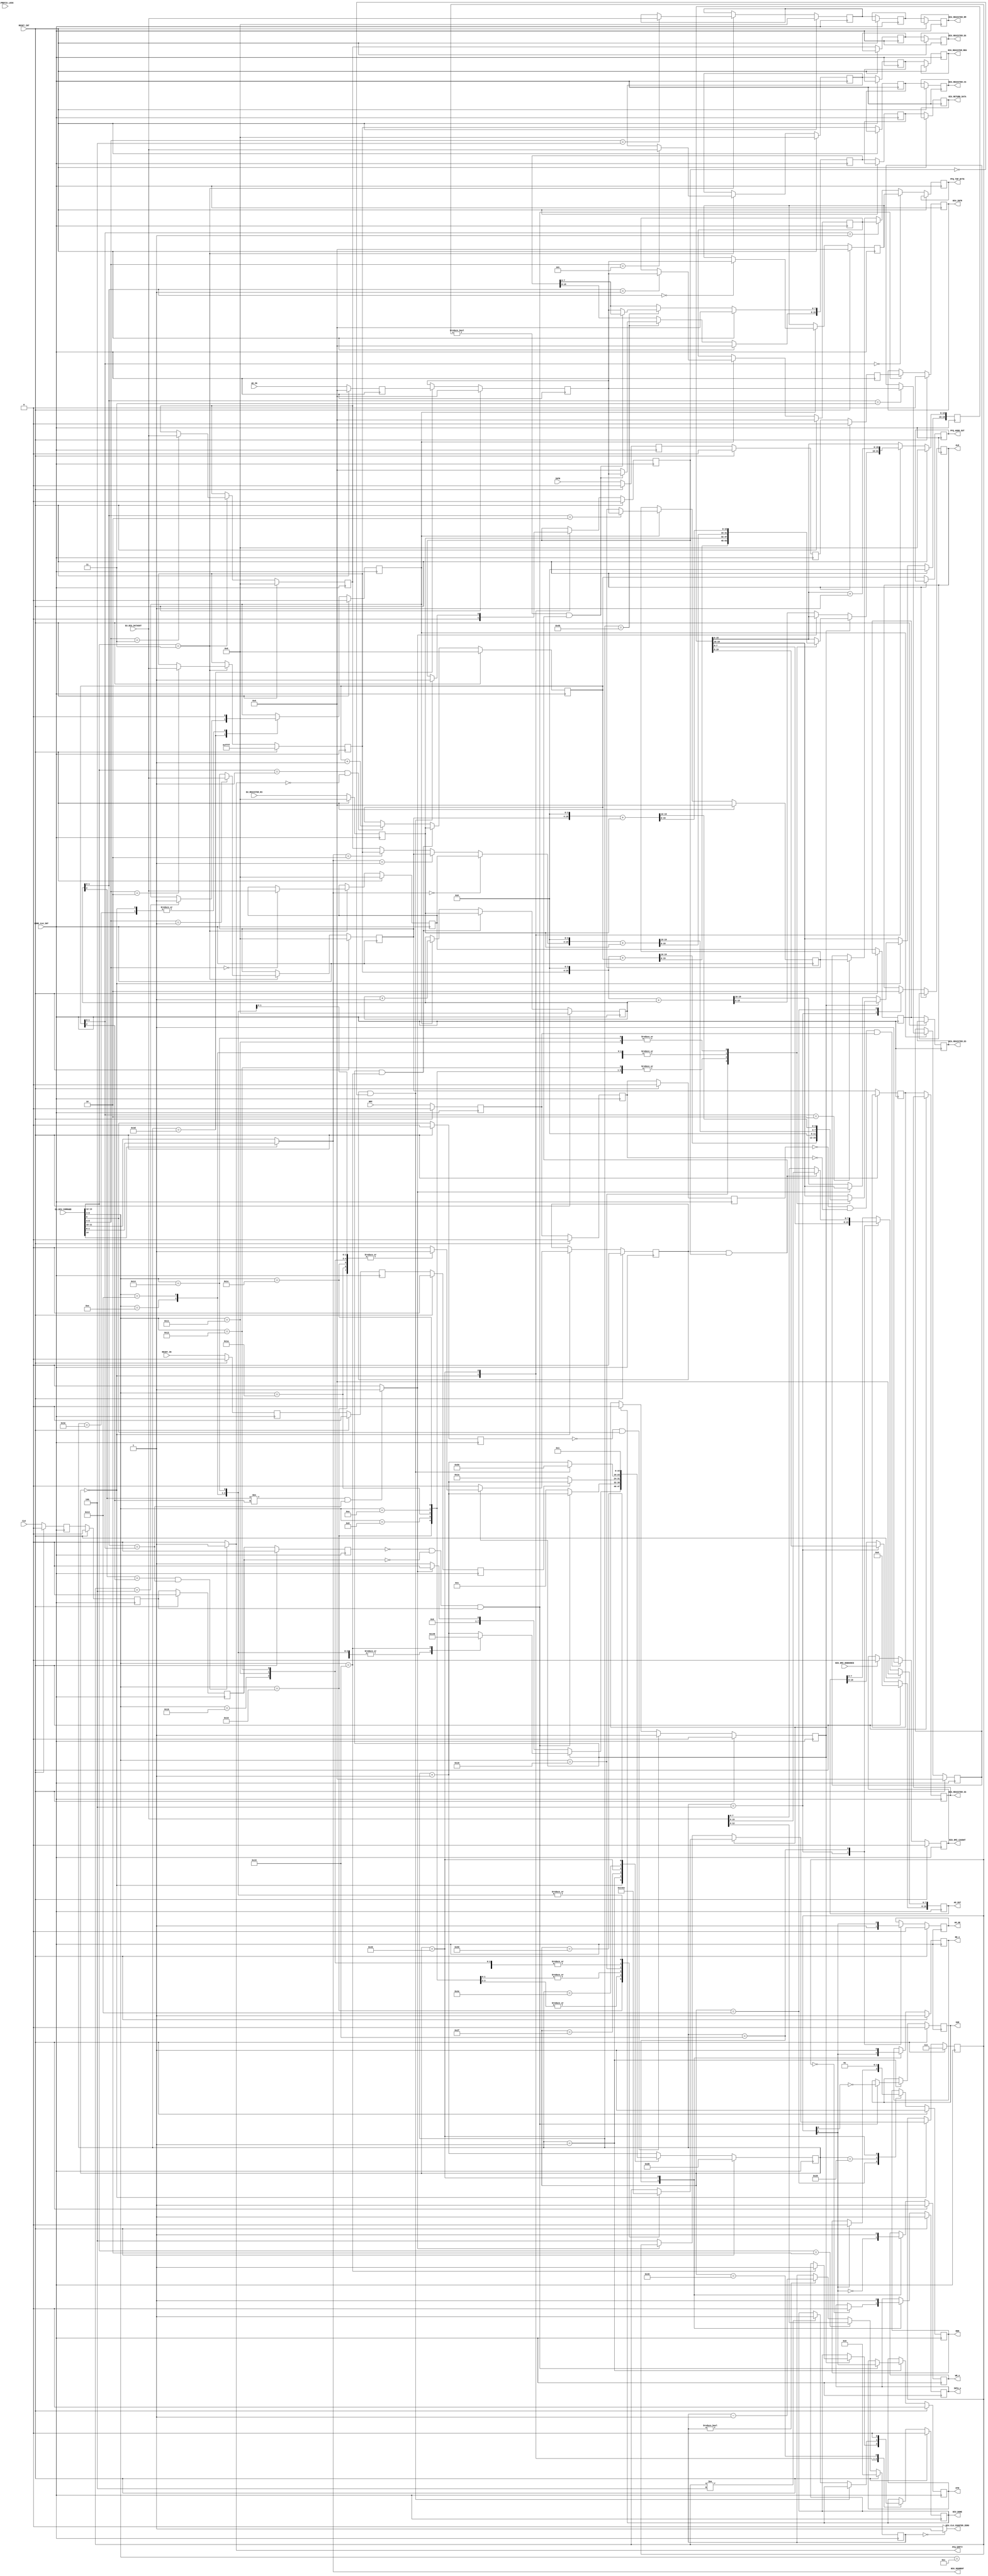
//
//
//  Used on     :  
//  Creation    :  10/8/2015
//  Code Type   :  Synthesizable
//
//   Description:
//   ============
//   
//  Bus Interface Unit of the i8088 processor in Minimum Bus Mode
//
//------------------------------------------------------------------------
//
// Modification History:
// =====================
//
// Revision 1.0 10/8/15 
// Initial revision
//
//
//------------------------------------------------------------------------
//
// Copyright (c) 2020 Ted Fried
// 
// Permission is hereby granted, free of charge, to any person obtaining a copy
// of this software and associated documentation files (the "Software"), to deal
// in the Software without restriction, including without limitation the rights
// to use, copy, modify, merge, publish, distribute, sublicense, and/or sell
// copies of the Software, and to permit persons to whom the Software is
// furnished to do so, subject to the following conditions:
// 
// The above copyright notice and this permission notice shall be included in all
// copies or substantial portions of the Software.
// 
// THE SOFTWARE IS PROVIDED "AS IS", WITHOUT WARRANTY OF ANY KIND, EXPRESS OR
// IMPLIED, INCLUDING BUT NOT LIMITED TO THE WARRANTIES OF MERCHANTABILITY,
// FITNESS FOR A PARTICULAR PURPOSE AND NONINFRINGEMENT. IN NO EVENT SHALL THE
// AUTHORS OR COPYRIGHT HOLDERS BE LIABLE FOR ANY CLAIM, DAMAGES OR OTHER
// LIABILITY, WHETHER IN AN ACTION OF CONTRACT, TORT OR OTHERWISE, ARISING FROM,
// OUT OF OR IN CONNECTION WITH THE SOFTWARE OR THE USE OR OTHER DEALINGS IN THE
// SOFTWARE.
//
//------------------------------------------------------------------------


module biu_min
  (  
    input               CORE_CLK_INT,           // Core Clock

    
    input               CLK,                    // 8088 Pins
    input               RESET_INT,
    input               READY_IN,
    input               NMI,
    input               INTR,
    output reg          INTA_n,
    output reg          ALE,
    output reg          RD_n,
    output reg          WR_n,
    output reg          IOM,
    output reg          DTR,
    output reg          DEN,
    output reg          AD_OE,
    output reg [19:0]   AD_OUT,
    input  [7:0]        AD_IN,

    
    input  [15:0]       EU_BIU_COMMAND,         // EU to BIU Signals
    input  [15:0]       EU_BIU_DATAOUT,
    input  [15:0]       EU_REGISTER_R3,
    input               EU_PREFIX_LOCK,
    
    
    output              BIU_DONE,               // BIU to EU Signals
    output              BIU_CLK_COUNTER_ZERO,
    output [1:0]        BIU_SEGMENT,
    output              BIU_NMI_CAUGHT,
    input               BIU_NMI_DEBOUNCE,
    output reg          BIU_INTR,

    output [7:0]        PFQ_TOP_BYTE,
    output              PFQ_EMPTY,
    output[15:0]        PFQ_ADDR_OUT,

    output [15:0]       BIU_REGISTER_ES,
    output [15:0]       BIU_REGISTER_SS,
    output [15:0]       BIU_REGISTER_CS,
    output [15:0]       BIU_REGISTER_DS,
    output [15:0]       BIU_REGISTER_RM,
    output [15:0]       BIU_REGISTER_REG,
    output [15:0]       BIU_RETURN_DATA
    

  );

//------------------------------------------------------------------------
      

// Internal Signals

reg   biu_done_int;
reg   byte_num;
reg   clk_d1;
reg   clk_d2;
reg   clk_d3;
reg   clk_d4;
reg   eu_biu_req_caught;
reg   eu_biu_req_d1;
reg   eu_prefix_lock_d1;
reg   eu_prefix_lock_d2;
reg   intr_d1;
reg   intr_d2;
reg   intr_d3;
reg   nmi_caught;
reg   nmi_d1;
reg   nmi_d2;
reg   nmi_d3;
reg   pfq_write;
reg   ready_d1;
reg   ready_d2;
reg   ready_d3;
reg   word_cycle;
wire  eu_biu_req;
wire  eu_prefix_seg;
wire  pfq_empty;
wire  pfq_full;
reg  [7:0]  ad_in_int;
reg  [19:0] addr_out_temp;
reg  [7:0]  biu_state;
reg  [15:0] biu_register_cs;
reg  [15:0] biu_register_es;
reg  [15:0] biu_register_ss;
reg  [15:0] biu_register_ds;
reg  [15:0] biu_register_rm;
reg  [15:0] biu_register_reg;
reg  [15:0] biu_register_cs_d1;
reg  [15:0] biu_register_es_d1;
reg  [15:0] biu_register_ss_d1;
reg  [15:0] biu_register_ds_d1;
reg  [15:0] biu_register_rm_d1;
reg  [15:0] biu_register_reg_d1;
reg  [15:0] biu_register_cs_d2;
reg  [15:0] biu_register_es_d2;
reg  [15:0] biu_register_ss_d2;
reg  [15:0] biu_register_ds_d2;
reg  [15:0] biu_register_rm_d2;
reg  [15:0] biu_register_reg_d2;
reg  [15:0] biu_return_data_int;
reg  [15:0] biu_return_data_int_d1;
reg  [15:0] biu_return_data_int_d2;
reg  [12:0] clock_cycle_counter;
reg  [15:0] eu_register_r3_d;
reg  [7:0]  latched_data_in;
reg  [15:0] pfq_addr_out;
reg  [7:0]  pfq_entry0;
reg  [7:0]  pfq_entry1;
reg  [7:0]  pfq_entry2;
reg  [7:0]  pfq_entry3;
reg  [15:0] pfq_addr_in;
reg  [7:0]  pfq_top_byte_int_d1;
reg  [15:0] pfq_addr_out_d1;
reg  [2:0]  s_bits;
wire [15:0] biu_muxed_segment;   
wire [1:0]  biu_segment;    
wire [1:0]  eu_biu_strobe;
wire [1:0]  eu_biu_segment;
wire [4:0]  eu_biu_req_code;
wire [1:0]  eu_qs_out;
wire [1:0]  eu_segment_override_value; 
wire [7:0]  pfq_top_byte_int;

  
//------------------------------------------------------------------------
//
// BIU  Combinationals
//
//------------------------------------------------------------------------

// Outputs to the EU
//
assign BIU_DONE                 = biu_done_int;
assign PFQ_EMPTY                = pfq_empty;
assign PFQ_ADDR_OUT             = pfq_addr_out_d1; 
assign BIU_SEGMENT              = biu_segment;
assign BIU_REGISTER_ES          = biu_register_es_d2;
assign BIU_REGISTER_SS          = biu_register_ss_d2;
assign BIU_REGISTER_CS          = biu_register_cs_d2;
assign BIU_REGISTER_DS          = biu_register_ds_d2;
assign BIU_REGISTER_RM          = biu_register_rm_d2;
assign BIU_REGISTER_REG         = biu_register_reg_d2;
assign BIU_RETURN_DATA          = biu_return_data_int_d2;
assign BIU_NMI_CAUGHT           = nmi_caught;



// Input signals from the EU requesting BIU processing.
//  eu_biu_strobe[1:0] are available for only one clock cycle and cause BIU to take immediate action.
//  eu_biu_req stays asserted until the BIU is available to service the request.
//  
assign eu_prefix_seg                   = EU_BIU_COMMAND[14];
assign eu_biu_strobe[1:0]              = EU_BIU_COMMAND[13:12]; // 01=opcode fetch 10=clock load 11=load segment register(eu_biu_req_code has the regiter#)
assign eu_biu_segment[1:0]             = EU_BIU_COMMAND[11:10];
assign eu_biu_req                      = EU_BIU_COMMAND[9];
assign eu_biu_req_code                 = EU_BIU_COMMAND[8:4];
assign eu_qs_out[1:0]                  = EU_BIU_COMMAND[3:2];  // Updated for every opcode fetch using biu_strobe and Jump request using eu_biu_rq
assign eu_segment_override_value[1:0]  = EU_BIU_COMMAND[1:0];



// Select either the current EU Segment or the Segment Override value.
assign biu_segment =  (eu_prefix_seg==1'b1) ? eu_segment_override_value  : eu_biu_segment;  

                                                   
assign biu_muxed_segment = (biu_segment==2'b00) ? biu_register_es :
                           (biu_segment==2'b01) ? biu_register_ss :
                           (biu_segment==2'b10) ? biu_register_cs :
                                                  biu_register_ds ;

                                                            
// Steer the Prefetch Queue to the EU
assign pfq_top_byte_int = (pfq_addr_out[1:0]==2'b00) ? pfq_entry0 : 
                      (pfq_addr_out[1:0]==2'b01) ? pfq_entry1 : 
                      (pfq_addr_out[1:0]==2'b10) ? pfq_entry2 : 
                                                   pfq_entry3 ;
  
assign PFQ_TOP_BYTE = pfq_top_byte_int_d1;  

// Generate the Prefetch Queue Flags
assign pfq_full  = ( (pfq_addr_in[2]!=pfq_addr_out[2]) && (pfq_addr_in[1:0]==pfq_addr_out[1:0]) ) ?  1'b1 : 1'b0;
assign pfq_empty = ( (pfq_addr_in[2]==pfq_addr_out[2]) && (pfq_addr_in[1:0]==pfq_addr_out[1:0]) ) ?  1'b1 : 1'b0;


// Instruction cycle accuracy counter. This can be tied to '1' to disable x86 cycle compatibiliy.
assign BIU_CLK_COUNTER_ZERO = (clock_cycle_counter==13'h0000) ? 1'b1 : 1'b0;


                                                        
//------------------------------------------------------------------------
//
// BIU State Machine
//
//------------------------------------------------------------------------
//

always @(posedge CORE_CLK_INT)
begin : BIU_STATE_MACHINE

  if (RESET_INT==1'b1)
    begin
      clk_d1 <= 'h0;
      clk_d2 <= 'h0;
      clk_d3 <= 'h0;
      clk_d4 <= 'h0;
      nmi_d1 <= 'h0;
      nmi_d2 <= 'h0;
      nmi_d3 <= 'h0;
      nmi_caught <= 'h0;
      eu_register_r3_d <= 'h0;
      eu_biu_req_caught <= 'h0;
      biu_register_cs <= 16'hFFFF;
      biu_register_es <= 'h0;
      biu_register_ss <= 'h0;
      biu_register_ds <= 'h0;
      biu_register_rm <= 'h0;
      biu_register_reg <= 'h0;
      clock_cycle_counter <= 'h0;
      pfq_addr_out <= 'h0;
      pfq_entry0 <= 'h0;
      pfq_entry1 <= 'h0;
      pfq_entry2 <= 'h0;
      pfq_entry3 <= 'h0;
      biu_state <= 8'hD0;
      pfq_write <= 'h0;
      pfq_addr_in <= 'h0;
      biu_return_data_int <= 'h0;
      biu_done_int <= 'h0;
      ready_d1 <= 'h0;
      ready_d2 <= 'h0;
      ready_d3 <= 'h0;
      eu_biu_req_d1 <= 'h0;
      latched_data_in <= 'h0;
      addr_out_temp <= 'h0;
      s_bits <= 3'b111;
      AD_OUT <= 'h0;
      word_cycle <= 1'b0;
      byte_num <= 1'b0;
      ad_in_int <= 'h0;
      BIU_INTR <= 'h0;
      eu_prefix_lock_d1 <= 'h0;
      eu_prefix_lock_d2 <= 'h0;
      intr_d1 <= 'h0;
      intr_d2 <= 'h0;
      intr_d3 <= 'h0;    
      
      AD_OE <= 'h0;
      RD_n <= 1'b1;
      WR_n <= 1'b1;
      IOM <= 'h0;
      DTR <= 'h0;
      DEN <= 1'b1;   
      INTA_n <= 1'b1;
      
    end
    
else    
  begin     

  
    // Register pipelining
    clk_d1 <= CLK;
    clk_d2 <= clk_d1;
    clk_d3 <= clk_d2;
    clk_d4 <= clk_d3;
    
    ready_d1 <= READY_IN;
    ready_d2 <= ready_d1;
    ready_d3 <= ready_d2;
    
    nmi_d1 <= NMI;
    nmi_d2 <= nmi_d1;
    nmi_d3 <= nmi_d2;
    
    intr_d1 <= INTR;
    intr_d2 <= intr_d1;
    intr_d3 <= intr_d2;
    
    
    // These signals may be pipelined from zero to two clocks.
    // They are currently pipelined by two clocks.
    biu_register_es_d1   <= biu_register_es;
    biu_register_ss_d1   <= biu_register_ss;      
    biu_register_cs_d1   <= biu_register_cs;      
    biu_register_ds_d1   <= biu_register_ds; 
    biu_register_rm_d1   <= biu_register_rm; 
    biu_register_reg_d1  <= biu_register_reg;
    biu_register_es_d2   <= biu_register_es_d1;
    biu_register_ss_d2   <= biu_register_ss_d1;       
    biu_register_cs_d2   <= biu_register_cs_d1;       
    biu_register_ds_d2   <= biu_register_ds_d1; 
    biu_register_rm_d2   <= biu_register_rm_d1; 
    biu_register_reg_d2  <= biu_register_reg_d1;
        

    // These signals may be pipelined from zero to one clock.
    // They are currently pipelined by one clock.
    pfq_top_byte_int_d1 <= pfq_top_byte_int;     
    pfq_addr_out_d1 <= pfq_addr_out;

    
    // This signal may be pipelined any number of clocks as 
    // long as is stable before BIU_DONE is asserted.
    biu_return_data_int_d1 <= biu_return_data_int;
    biu_return_data_int_d2 <= biu_return_data_int_d1;

    
      
    // NMI caught on it's rising edge
    if (nmi_d3==1'b0 && nmi_d2==1'b0 && nmi_d1==1'b1)
      begin
        nmi_caught <= 1'b1;
      end
    else if (BIU_NMI_DEBOUNCE==1'b1)
      begin
        nmi_caught <= 1'b0;
      end

    // INTR sampled on the rising edge of the CLK
    if (clk_d4==1'b0 && clk_d3==1'b0 && clk_d2==1'b1)
      begin
        BIU_INTR <= intr_d3;
      end
    
    eu_prefix_lock_d1 <= EU_PREFIX_LOCK;
    eu_prefix_lock_d2 <= eu_prefix_lock_d1;               

    
    // Register pipelining in and out of the BIU.
    eu_register_r3_d <= EU_REGISTER_R3;
    ad_in_int <= AD_IN;
        


    // Capture a bus request from the EU
    eu_biu_req_d1 <= eu_biu_req;
    if (eu_biu_req_d1==1'b0 && eu_biu_req==1'b1)
      begin
        eu_biu_req_caught <= 1'b1;
      end
    else if (biu_done_int==1'b1)
      begin
        eu_biu_req_caught <= 1'b0;
      end
                    

    
    // Strobe from EU to update the segment and addressing registers
    if (eu_biu_strobe==2'b11)
      begin
        case (eu_biu_req_code[2:0])  // synthesis parallel_case
          3'h0 : biu_register_es      <= EU_BIU_DATAOUT[15:0];
          3'h1 : biu_register_ss      <= EU_BIU_DATAOUT[15:0];
          3'h2 : biu_register_cs      <= EU_BIU_DATAOUT[15:0];
          3'h3 : biu_register_ds      <= EU_BIU_DATAOUT[15:0];
          3'h4 : biu_register_rm      <= EU_BIU_DATAOUT[15:0];
          3'h5 : biu_register_reg     <= EU_BIU_DATAOUT[15:0];
          default :  ;
        endcase
      end   

    
    // Strobe from EU to set the 8088 clock cycle counter
    if (eu_biu_strobe==2'b10)
      begin
        clock_cycle_counter <= EU_BIU_DATAOUT[12:0];
      end
    else if (clock_cycle_counter!=13'h0000)
      begin
        clock_cycle_counter <= clock_cycle_counter - 1;
      end
        


    // Prefetch Queue 
    // --------------
    // Increment the output address of the queue upon EU fetch request strobe.
    // Update/flush the Prefetch Queue when the EU asserts the Jump request.
    // Increment the input address during prefetch queue fetches.
    //---------------------------------------------------------------------------------
    if (eu_biu_req_caught==1'b1 && eu_biu_req_code==5'h19) 
      begin
        pfq_addr_out <= eu_register_r3_d; // Update the prefetch queue to the new address.
      end    
    else if (eu_biu_strobe==2'b01 && pfq_empty==1'b0)
      begin  
        pfq_addr_out <= pfq_addr_out + 1;  // Increment the current IP - Instruction Pointer
      end                         
        
        
    if (eu_biu_req_caught==1'b1 && eu_biu_req_code==5'h19) 
      begin
        pfq_addr_in <= eu_register_r3_d; // Update the prefetch queue to the new address.
      end    
    else if (pfq_write==1'b1)
      begin  
        pfq_addr_in <= pfq_addr_in + 1;
      end                         
      
      
      
    // Write to the selected prefetch queue entry.
    if (pfq_write==1'b1)
      begin
        case (pfq_addr_in[1:0])  // synthesis parallel_case
          2'b00 : pfq_entry0 <= latched_data_in[7:0];
          2'b01 : pfq_entry1 <= latched_data_in[7:0];
          2'b10 : pfq_entry2 <= latched_data_in[7:0];
          2'b11 : pfq_entry3 <= latched_data_in[7:0];
          default :  ;
          endcase    
      end       
      

      
      
    
    // 8088 BIU State Machine
    // ----------------------
    
    biu_state <= biu_state + 1'b1;
    case (biu_state) // synthesis parallel_case
      
      8'h00 : begin
                // Debounce signals
                pfq_write <= 1'b0;
                byte_num <= 1'b0;   
                word_cycle <= 1'b0;     
                

                if (eu_biu_req_caught==1'b1)
                  begin                 
                        
                    case (eu_biu_req_code)  // synthesis parallel_case
                                        
                      // Interrupt ACK Cycle 
                      8'h16 : begin                   
                                addr_out_temp <= { 4'h0 , eu_register_r3_d[15:0] };
                                //AD_OE <= 'h0;                   
                                word_cycle <= 1'b1;
                                s_bits <= 3'b000;
                                biu_state <= 8'h01;
                              end
                                  
                      // IO Byte Read 
                      8'h08 : begin
                                addr_out_temp <= { 4'h0 , eu_register_r3_d[15:0] };
                                s_bits <= 3'b001;
                                biu_state <= 8'h01;
                              end
                                 
                      // IO Word Read 
                      8'h1A : begin
                                addr_out_temp <= { 4'h0 , eu_register_r3_d[15:0] };
                                word_cycle <= 1'b1; 
                                s_bits <= 3'b001;
                                biu_state <= 8'h01;
                              end
                                                
                      // IO Byte Write 
                      8'h0A : begin
                                addr_out_temp <= { 4'h0 , eu_register_r3_d[15:0] };
                                s_bits <= 3'b010;
                                biu_state <= 8'h01;
                              end
                                                
                      // IO Word Write 
                      8'h1C : begin
                                addr_out_temp <= { 4'h0 , eu_register_r3_d[15:0] };
                                word_cycle <= 1'b1; 
                                s_bits <= 3'b010;
                                biu_state <= 8'h01;
                              end
                                                
                      // Halt Request 
                      8'h18 : begin
                                addr_out_temp <= { biu_register_cs[15:0] , 4'h0 } + pfq_addr_out[15:0] ;
                                s_bits <= 3'b011;
                                biu_state <= 8'h01;
                              end
                                            
                      // Memory Byte Read 
                      8'h0C : begin
                                addr_out_temp <= { biu_muxed_segment[15:0] , 4'h0 } + eu_register_r3_d[15:0];
                                s_bits <= 3'b101;
                                biu_state <= 8'h01;
                              end
                                                
                      // Memory Word Read 
                      8'h10 : begin
                                addr_out_temp <= { biu_muxed_segment[15:0] , 4'h0 } + eu_register_r3_d[15:0];
                                word_cycle <= 1'b1; 
                                s_bits <= 3'b101;
                                biu_state <= 8'h01;
                              end
                                                
                      // Memory Word Read from Stack Segment
                      8'h11 : begin
                                addr_out_temp <= { biu_register_ss[15:0] , 4'h0 } + eu_register_r3_d[15:0];
                                word_cycle <= 1'b1; 
                                s_bits <= 3'b101;
                                biu_state <= 8'h01;
                              end
                                                
                      // Memory Word Read from Segment 0x0000 - Used for interrupt vector fetches
                      8'h12 : begin
                                addr_out_temp <= { 4'h0 , eu_register_r3_d[15:0] };
                                word_cycle <= 1'b1; 
                                s_bits <= 3'b101;
                                biu_state <= 8'h01;
                              end
                                                
                      // Memory Byte Write 
                      8'h0E : begin
                                addr_out_temp <= { biu_muxed_segment[15:0] , 4'h0 } + eu_register_r3_d[15:0];
                                s_bits <= 3'b110;
                                biu_state <= 8'h01;
                              end
                                                
                      // Memory Word Write 
                      8'h13 : begin
                                addr_out_temp <= { biu_muxed_segment[15:0] , 4'h0 } + eu_register_r3_d[15:0];
                                word_cycle <= 1'b1; 
                                s_bits <= 3'b110;
                                biu_state <= 8'h01;
                              end
                                                
                      // Memory Word Write to Stack Segment
                      8'h14 : begin
                                addr_out_temp <= { biu_register_ss[15:0] , 4'h0 } + eu_register_r3_d[15:0];
                                word_cycle <= 1'b1; 
                                s_bits <= 3'b110;
                                biu_state <= 8'h01;
                              end
                                                    
                      // Jump Request
                      8'h19 : begin
                                biu_done_int <= 1'b1;
                                biu_state <= 8'h46;
                              end
                                
                      default : ;             
                    endcase
                  end
                  
                  
                else if (pfq_full==1'b0)
                  begin
                    addr_out_temp <= { biu_register_cs[15:0] , 4'h0 } + pfq_addr_in[15:0] ;
                    s_bits <= 3'b100;
                    biu_state <= 8'h01;
                  end
                  
                else
                  begin
                    biu_state <= 8'h00;
                  end
                  
              end

              
              
      // 1 Wait for the rising edge of CLK to start the bus cycle; then assert IOM and DTR
      8'h01 : 
              begin                   
                if (clk_d4==1'b0 && clk_d3==1'b0 && clk_d2==1'b1) // Wait until next CLK rising edge
                  begin
                    IOM <= ~s_bits[2]; // Memory cycles
                    DTR <=  s_bits[1]; // Read cycles
                  end
                else
                  begin
                    biu_state <= 8'h01;
                  end
              end
        
      
      
      // 2 On the next falling CLK edge, assert the ALE and the address
      8'h04 : begin
                AD_OUT[19:0] <= addr_out_temp[19:0];
                AD_OE <= 1'b1;
                ALE <= 1'b1;

              end

              
              
      // 3 On the next rising CLK edge, disable ALE, drive early DEN
      8'h13 : begin
                ALE <= 1'b0;

                if (s_bits[1]==1'b1)
                  begin
                    DEN <= 1'b0;
                  end                               
                  
              end

              
      // 4 On the next falling CLK edge, float the AD[7:0] bus if it is a read cycle, and drive AD with write data
      8'h19 : begin
                AD_OE <= s_bits[1];  // Turn off bus drivers for read cycles
                RD_n  <= s_bits[1]; // Assert RD_n for read cycles
                WR_n  <= ~s_bits[1]; // Assert WR_n for write cycles
                
                if (s_bits==3'b000)
                  begin
                    INTA_n <= 1'b0;
                  end
                
                if (word_cycle==1'b1 && byte_num==1'b1)
                  begin
                    AD_OUT[7:0] <= EU_BIU_DATAOUT[15:8];
                  end
                else
                  begin
                    AD_OUT[7:0] <= EU_BIU_DATAOUT[7:0];
                  end   
          
              end
              
          
      // 5 On the next rising CLK edge, assert DEN is if has not been already
      8'h28 : begin
                DEN <= 1'b0;
              end
              
              
              
              
      // 6 On the next falling CLK edge, sample the READY signal
      8'h2F : begin  
                if (ready_d3==1'b0)    // Not ready yet, wait another clock cycle
                  begin
                    biu_state <= 8'h1A;
                  end
              end

              
              
      // 7 On the next rising CLK edge, sample the data.
      8'h3D : begin
                latched_data_in <= ad_in_int;
                
                // If a code fetch, then write data to the prefetch queue
                if (s_bits==3'b100)
                  begin
                     pfq_write <= 1'b1;
                  end            
                  
              end
                    
            
              
                    
      //  Debounce the prefetch queue write pulse and increment the prefetch queue address.
      8'h3E : begin
                pfq_write <= 1'b0; 
              end
            
            
            
      //  8 Steer the data
      8'h40 : begin
                if (s_bits!=3'b000 && (word_cycle==1'b1 && byte_num==1'b1))
                  begin
                    biu_return_data_int[15:8] <= latched_data_in[7:0];
                  end
                else
                  begin
                    biu_return_data_int[15:0] <= { 8'h00 , latched_data_in[7:0] };
                  end
              end
                
                
                
      // 8 On the next falling CLK edge, the cycle is complete.
      8'h45 : begin           
                WR_n <= 1'b1;
                RD_n <= 1'b1;
                DEN <= 1'b1;
                INTA_n <= 1'b1;

                
                 addr_out_temp[15:0] <=  addr_out_temp[15:0] + 1;
                 if (word_cycle==1'b1 && byte_num==1'b0)
                   begin        
                     byte_num <= 1'b1;                   
                     biu_state <= 8'h50;
                   end
                 else
                   begin
                     if (s_bits!=3'b100)
                       begin
                         biu_done_int <= 1'b1;
                       end
                   end
              end
             
              
      8'h46 : begin 
                biu_done_int <= 1'b0;               
              end
             
              
      8'h4E : begin 
                biu_state <= 8'h00;
              end
                
              
      8'h58 : begin 
                biu_state <= 8'h01;
              end

                 
      default : ;             
    endcase


    
end

end  // BIU

 
endmodule // biu.v